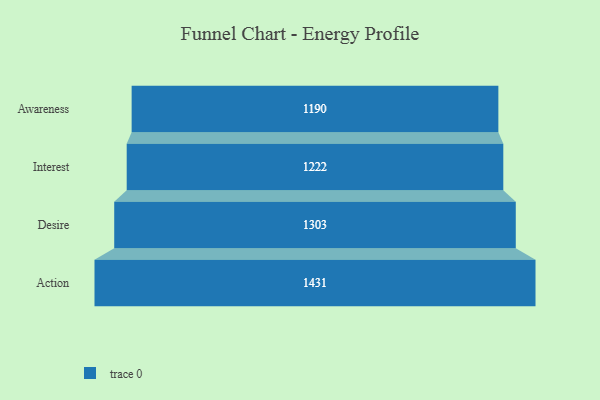
{"axis": {"x": "Stage", "y": "Value"}, "legend": [""], "data": [{"x": "Awareness", "y": 1190.0, "type": ""}, {"x": "Interest", "y": 1222.0, "type": ""}, {"x": "Desire", "y": 1303.0, "type": ""}, {"x": "Action", "y": 1431.0, "type": ""}]}